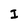
Character: I